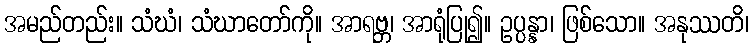
အမည်တည်း။ သံဃံ၊ သံဃာတော်ကို။ အာရဗ္ဘ၊ အာရုံပြု၍။ ဥပ္ပန္နာ၊ ဖြစ်သော။ အနုဿတိ၊